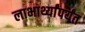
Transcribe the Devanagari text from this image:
लाभार्थ्यांपर्यंत